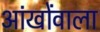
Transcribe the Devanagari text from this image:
आंखोंवाला